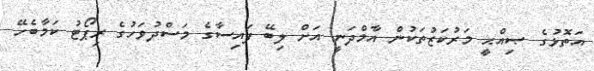
އަތޮޅުގެ ޞިއްޙީ މަރުކަޒުތަކުން އާމްދަނީ އަށް ލިބޭ ފައިސާގެ މަސްދުވަހުގެ ރިޕޯޓު ކަމާބެހޭ